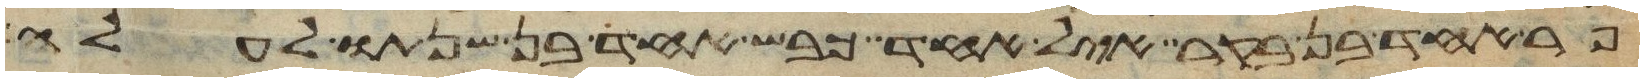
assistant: פר אחד בן בקר איל אחד כבש אחד בן שנתו לעלה